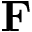
\mathbf { F }